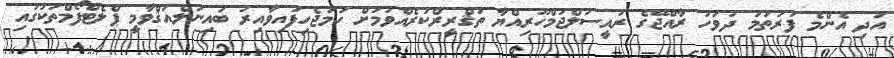
އަދި އެންމެ ފުރަތަމަ ދުވަހު ރާއްޖޭގެ ރައީސުލްޖުމްހޫރިއްޔާ ތަޤްރީރްކުރެއްވުމަށް ހަމަޖެހިފައިވާއިރު ބައިނަލްއަޤްވާމީ ޕްލެޓްފޯމްތަކުގައި